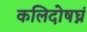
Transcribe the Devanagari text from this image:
कलिदोषघ्नं